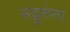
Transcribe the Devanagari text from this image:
सद्गुरुंना